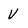
Character: V